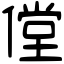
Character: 㑽